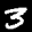
Label: 3